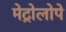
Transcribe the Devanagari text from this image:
मेट्रोलोपे